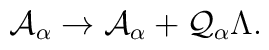
\mathcal{A}_{\alpha }\rightarrow \mathcal{A}_{\alpha }+\mathcal{Q}_{\alpha}\Lambda .